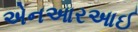
એનઆરઆઈ